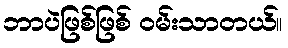
ဘာပဲဖြစ်ဖြစ် ဝမ်းသာတယ်။